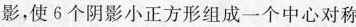
影，使6个阴影小正方形组成一个中心对称